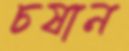
চষান